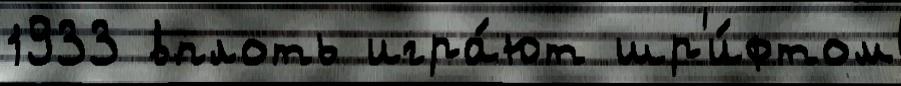
1933 вплоть игра́ют шр'и́фтом